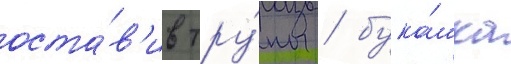
оста́в'ив тру́пы / бука́шка